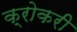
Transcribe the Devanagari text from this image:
क्रोकरी